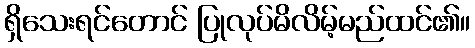
ရှိသေးရင်တောင် ပြုလုပ်မိလိမ့်မည်ထင်၏။